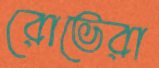
রোভেরা